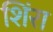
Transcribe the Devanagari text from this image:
शिंरा